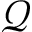
\mathcal { Q }